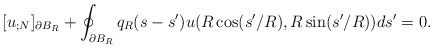
\begin{align*}[u_{;N}]_{\partial B_{R}}+ \oint_{\partial B_{R}}q_{R}(s-s') u(R \cos(s'/R), R \sin(s'/R))ds'=0.\end{align*}